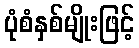
ပုံစံနှစ်မျိုးဖြင့်